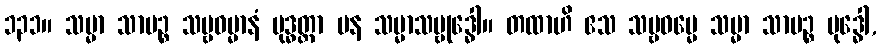
၁၃၁။ သမ္မာ သာမဉ္စ သဗ္ဗဓမ္မာနံ ဗုဒ္ဓတ္တာ ပန သမ္မာသမ္ဗုဒ္ဓေါ။ တထာဟိ ဧသ သဗ္ဗဓမ္မေ သမ္မာ သာမဉ္စ ဗုဒ္ဓေါ,